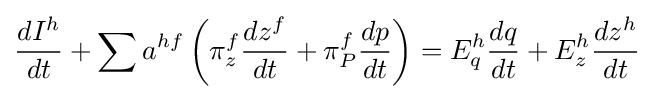
{\frac {dI^{h}}{dt}}+\sum a^{hf}\left(\pi _{z}^{f}{\frac {dz^{f}}{dt}}+\pi _{P}^{f}{\frac {dp}{dt}}\right)=E_{q}^{h}{\frac {dq}{dt}}+E_{z}^{h}{\frac {dz^{h}}{dt}}